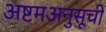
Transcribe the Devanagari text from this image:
अष्टमअनुसूची